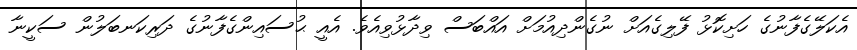
އެކަލޭގެފާނުގެ ހަށިކޮޅު ފޭލިގެއަށް ނުގެންދިއުމަށް އައްބަސް ވިދާޅުވިއެވެ. އެއީ ޙުސައިންގެފާނުގެ ދަރިކަނބަލުން ސަކީނާ